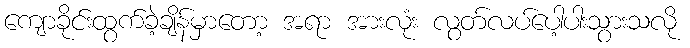
ကျောခိုင်းထွက်ခဲ့ချိန်မှာတော့ အရာ အားလုံး လွတ်လပ်ပေါ့ပါးသွားသလို